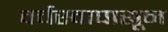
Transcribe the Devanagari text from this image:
वर्चस्वापासून